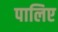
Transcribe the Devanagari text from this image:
पालिए